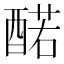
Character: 䤀